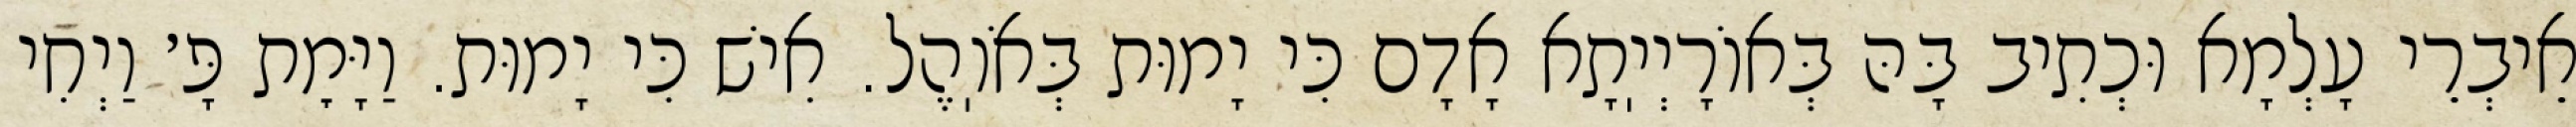
אֵיבְרֵי עָלְמָא וּכְתִיב בָּהּ בְּאוֹרָיְיֽתָא אָדָם כִּי יָמוּת בְּאֹוֽהֶל. אִישׁ כִּי יָמוּת. וַיָּמׇת פָּ׳ וַיְחִי